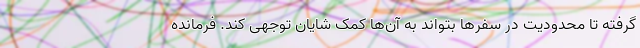
گرفته تا محدودیت در سفرها بتواند به آن‌ها کمک شایان توجهی کند. فرمانده